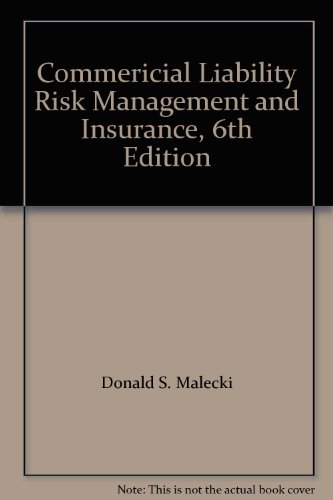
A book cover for Commericial Liability Risk Management and Insurance, 6th Edition; Donald S. Malecki; Business & Money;